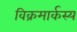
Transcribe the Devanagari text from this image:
विक्रमार्कस्य